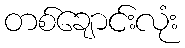
တစ်ချောင်းလုံး